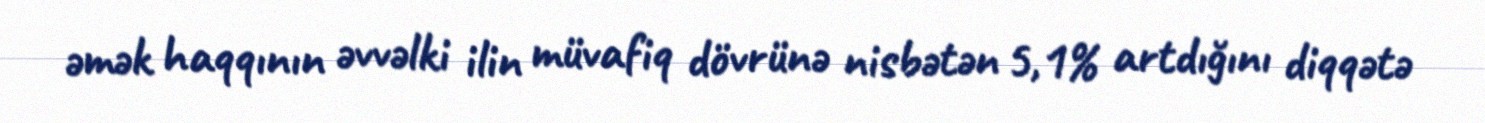
əmək haqqının əvvəlki ilin müvafiq dövrünə nisbətən 5,1% artdığını diqqətə